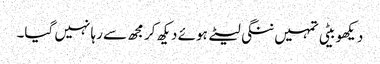
دیکھو بیٹی تمہیں ننگی لیٹے ہوئے دیکھ کر مجھ سے رہا نہیں گیا۔